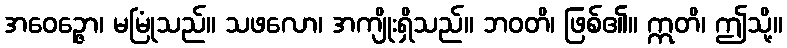
အဝေဉ္ဇော၊ မမြုံသည်။ သဖလော၊ အကျိုးရှိသည်။ ဘဝတိ၊ ဖြစ်၏။ ဣတိ၊ ဤသို့။